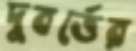
দুবর্ত্তের